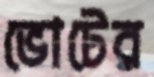
ভোটের